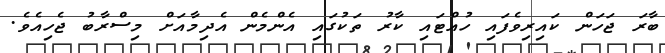
ބާރަ ޖަހަން ކައިރިވެފައި ހުއްޓައި ކާރު ތަކުގައި އެންމެން އެދިމާއަށް މިސްރާބު ޖެހިއެވެ.